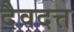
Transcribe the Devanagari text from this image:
दैवदत्त